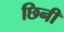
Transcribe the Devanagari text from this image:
छिनी